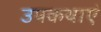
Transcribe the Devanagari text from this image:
उपकथाएं